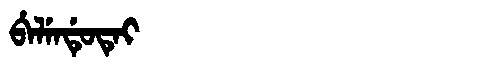
Manchu: ᠪᡝᠯᡝᠨᡩᡠᡨᡝᡳ
Romanization: BELENDUTEI